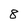
Character: 8